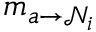
m _ { a \rightarrow \mathcal { N } _ { i } }